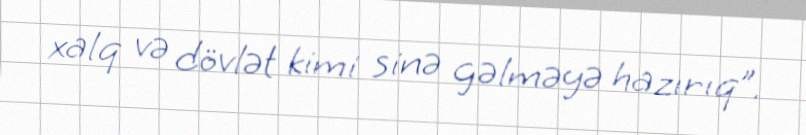
xalq və dövlət kimi sinə gəlməyə hazırıq”.